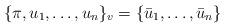
LaTeX: \begin{align*} \{\pi,u_1,\ldots,u_n\}_v = \{\bar u_1,\ldots,\bar u_n\}\end{align*}